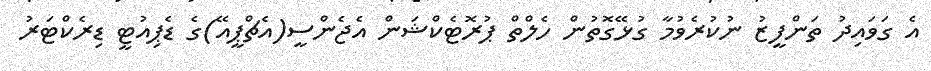
އެ ގަވައިދު ތަންފީޒު ނުކުރެވުމާ ގުޅޭގޮތުން ހެލްތް ޕުރޮޓެކްޝަން އެޖެންސީ(އެޗްޕީއޭ)ގެ ޑެޕިއުޓީ ޑިރެކްޓަރު